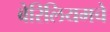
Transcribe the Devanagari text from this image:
बेरिलियमचे